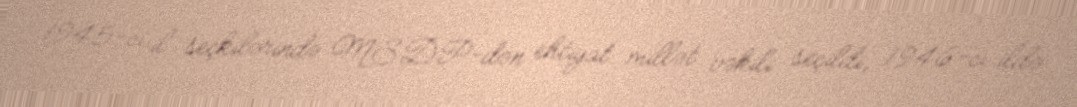
1945-ci il seçkilərində MSDP-dən ehtiyat millət vəkili seçildi, 1946-cı ildə